Lunatic asylums Madras 1892-1911 - 1892-1911
Year: 1892
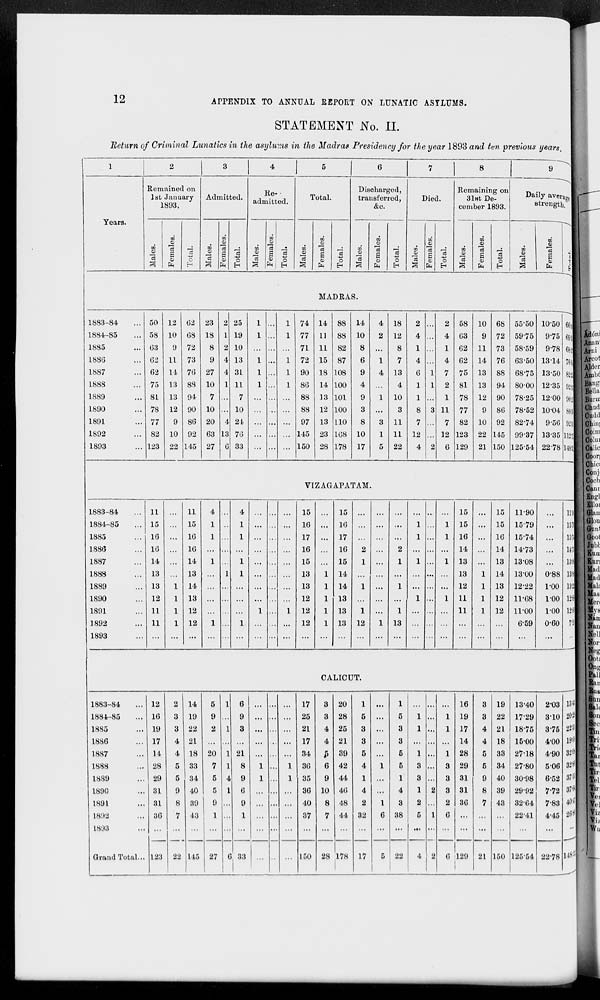
12
APPENDIX TO ANNUAL REPORT ON LUNATIC ASYLUMS.
STATEMENT No. II.
Return of Criminal Lunatics in the asylums in the Madras Presidency for the year 1893 and ten previous years.
1
Years.
2
Remained on
1st January
1893.
Males.
Females.
Total.
3
Admitted.
Males.
Females.
1883-84 ...
1884-85 ...
1885 ...
1886 ...
1887 ...
1888 ...
1889 ...
1890 ...
1891 ...
1892 ...
1893 ...
50
58
63
62
62
75
81
78
77
82
123
12
10
9
11
14
13
13
12
9
10
22
62
68
72
73
76
88
94
90
86
92
145
23
18
8
9
27
10
7
10
20
63
27
2
1
2
4
4
1
...
...
4
13
6
Tot al .
4
Re-
admitted.
Males.
Females.
Total.
5
Total.
Males.
Females.
Total.
6
Discharged,
transferred,
&c.
Males.
Females.
Total.
7
Died.
Males.
Females.
Total.
8
Remaining on
31st De-
cember 1893.
Males.
Females.
Total.
9
Daily average
strength.
Males.
Females.
Total.
MADRAS.
25
19
10
13
31
11
7
10
4
76
33
1
1
...
1
1
1
...
...
...
...
...
...
...
...
...
...
...
...
...
...
...
...
1
1
...
1
1
1
...
...
...
...
...
74
77
71
72
90
86
88
88
97
145
150
14
11
11
15
18
14
13
12
13
23
28
88
88
82
87
108
100
101
100
110
168
178
14
10
8
6
9
4
9
3
8
10
17
4
2
...
1
4
...
1
...
3
1
5
18
12
8
7
13
4
10
3
11
11
22
2
4
1
4
6
1
1
8
7
12
4
...
...
...
...
1
1
...
3
...
...
2
2
4
1
4
7
2
1
11
7
12
6
58
63
62
62
75
81
78
77
82
123
129
10
9
11
14
13
13
12
9
10
22
21
68
72
73
76
88
94
90
86
92
145
150
55.50
59.75
58.59
63.50
68.75
80.00
78.25
78.52
82.74
99.37
125.54
10.50
9.75
9.78
13.14
13.50
12.35
12.00
10.04
9.56
13.35
22.78
66.00
69.50
68.37
76.64
82.25
92.35
90.25
88.56
92.30
112.72
148.32
VIZAGAPATAM.
1883-84 ...
1884-85 ...
1885 ...
1886 ...
1887 ...
1888 ...
1889 ...
1890 ...
1891 ...
1892 ...
1893 ...
11
15
16
16
14
13
13
12
11
11
...
...
...
...
...
...
...
1
1
1
1
...
11
15
16
16
14
13
14
13
12
12
...
4
1
1
...
1
...
...
...
...
1
...
...
...
...
...
...
1
...
...
...
...
4
1
1
...
1
1
...
...
...
1
...
...
...
...
...
...
...
...
...
1
...
...
...
...
...
...
...
...
...
...
...
...
...
...
...
...
...
...
...
...
...
1
...
...
15
16
17
16
15
13
13
12
12
12
...
...
...
...
...
...
1
1
1
1
1
...
15
16
17
16
15
14
14
13
13
13
...
...
...
...
2
1
...
1
...
1
12
...
...
...
...
...
...
...
...
...
...
1
...
...
...
...
2
1
...
1
...
1
13
...
...
1
1
...
1
...
...
1
...
...
...
...
...
...
...
...
...
...
...
...
...
...
...
1
1
...
1
...
...
1
...
...
...
15
15
16
14
13
13
12
11
11
...
...
...
...
...
...
...
1
1
1
1
...
...
15
15
16
14
13
14
13
12
12
...
...
11.90
15.79
15.74
14.73
13.08
13.00
12.22
11.68
11.00
6.59
...
...
...
...
...
...
0.88
1.00
1.00
1.00
0.60
...
11.90
15.79
15.74
14.73
13.08
13.88
13. 22
12.68
12.00
7.19
...
CALICUT.
1883-84 ...
1884-85 ...
1885 ...
1886 ...
1887 ...
1888 ...
1889 ...
1890 ...
1891 ...
1892 ...
1893 ...
Grand Total ...
12
16
19
17
14
28
29
31
31
36
...
123
2
3
3
4
4
5
5
9
8
7
...
22
14
19
22
21
18
33
34
40
39
43
...
145
5
9
2
...
20
7
5
5
9
1
...
27
1
...
1
...
1
1
4
1
...
..
...
6
6
9
3
...
21
8
9
6
9
1
...
33
...
...
...
...
...
1
1
...
...
...
...
...
...
...
...
...
...
...
...
...
...
...
...
...
...
...
...
...
...
1
1
...
...
...
...
...
17
25
21
17
34
36
35
36
40
37
...
150
3
3
4
4
5
6
9
10
8
7
...
28
20
28
25
21
39
42
44
46
48
44
...
178
1
5
3
3
5
4
1
4
2
32
...
17
...
...
...
...
...
1
...
...
1
6
...
5
1
5
3
3
5
5
1
4
3
38
...
22
...
1
1
...
1
3
3
1
2
5
...
4
...
...
...
...
...
...
...
2
...
1
...
2
...
1
1
...
1
3
3
3
2
6
...
6
16
19
17
14
28
29
31
31
36
...
...
129
3
3
4
4
5
5
9
8
7
...
...
21
19
22
21
18
33
34
40
39
43
...
...
150
13.40
17.29
18.75
15.00
27.18
27.80
30.98
29.92
32.64
22.41
...
125.54
2.03
3.10
3.75
4.00
4.90
5.06
6.52
7.72
7.83
4.45
...
22.78
15.43
20.39
22.50
19.00
32.08
32.86
37.50
37.64
40.47
26.86
...
148.32